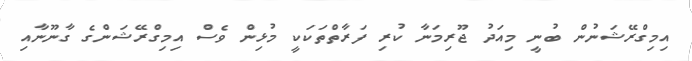
އިމިގްރޭޝަނުން ބުނީ މިއަދު ޖޫރިމަނާ ކުރި ފަރާތްތަކަކީ މުޅިން ވެސް އިމިގްރޭޝަންގެ ގާނޫނާއި